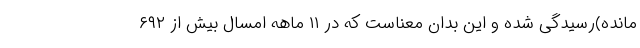
مانده)رسیدگی شده و این بدان معناست که در ۱۱ ماهه امسال بیش از ۶۹۲